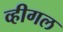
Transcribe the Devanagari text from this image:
व्हीगल